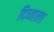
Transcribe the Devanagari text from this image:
दिव्याला